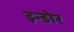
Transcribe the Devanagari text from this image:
इन्‍डोर